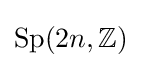
\operatorname {Sp} (2n,\mathbb {Z} )